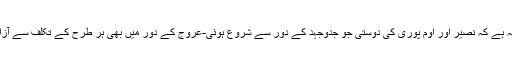
یہی وجہ ہے کہ نصیر اور اوم پوری کی دوستی جو جدوجہد کے دور سے شروع ہوئی-عروج کے دور میں بھی ہر طرح کے تکلف سے آزاد رہی ۔